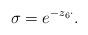
LaTeX: \begin{align*}\sigma = e^{-z_6 \cdot}.\end{align*}